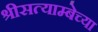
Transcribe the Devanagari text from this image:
श्रीसत्याम्बेच्या